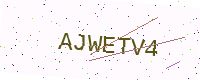
Text: AJWETV4